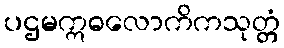
ပဌမဣဓလောကိကသုတ္တံ